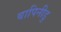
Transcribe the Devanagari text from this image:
बापिनीडु